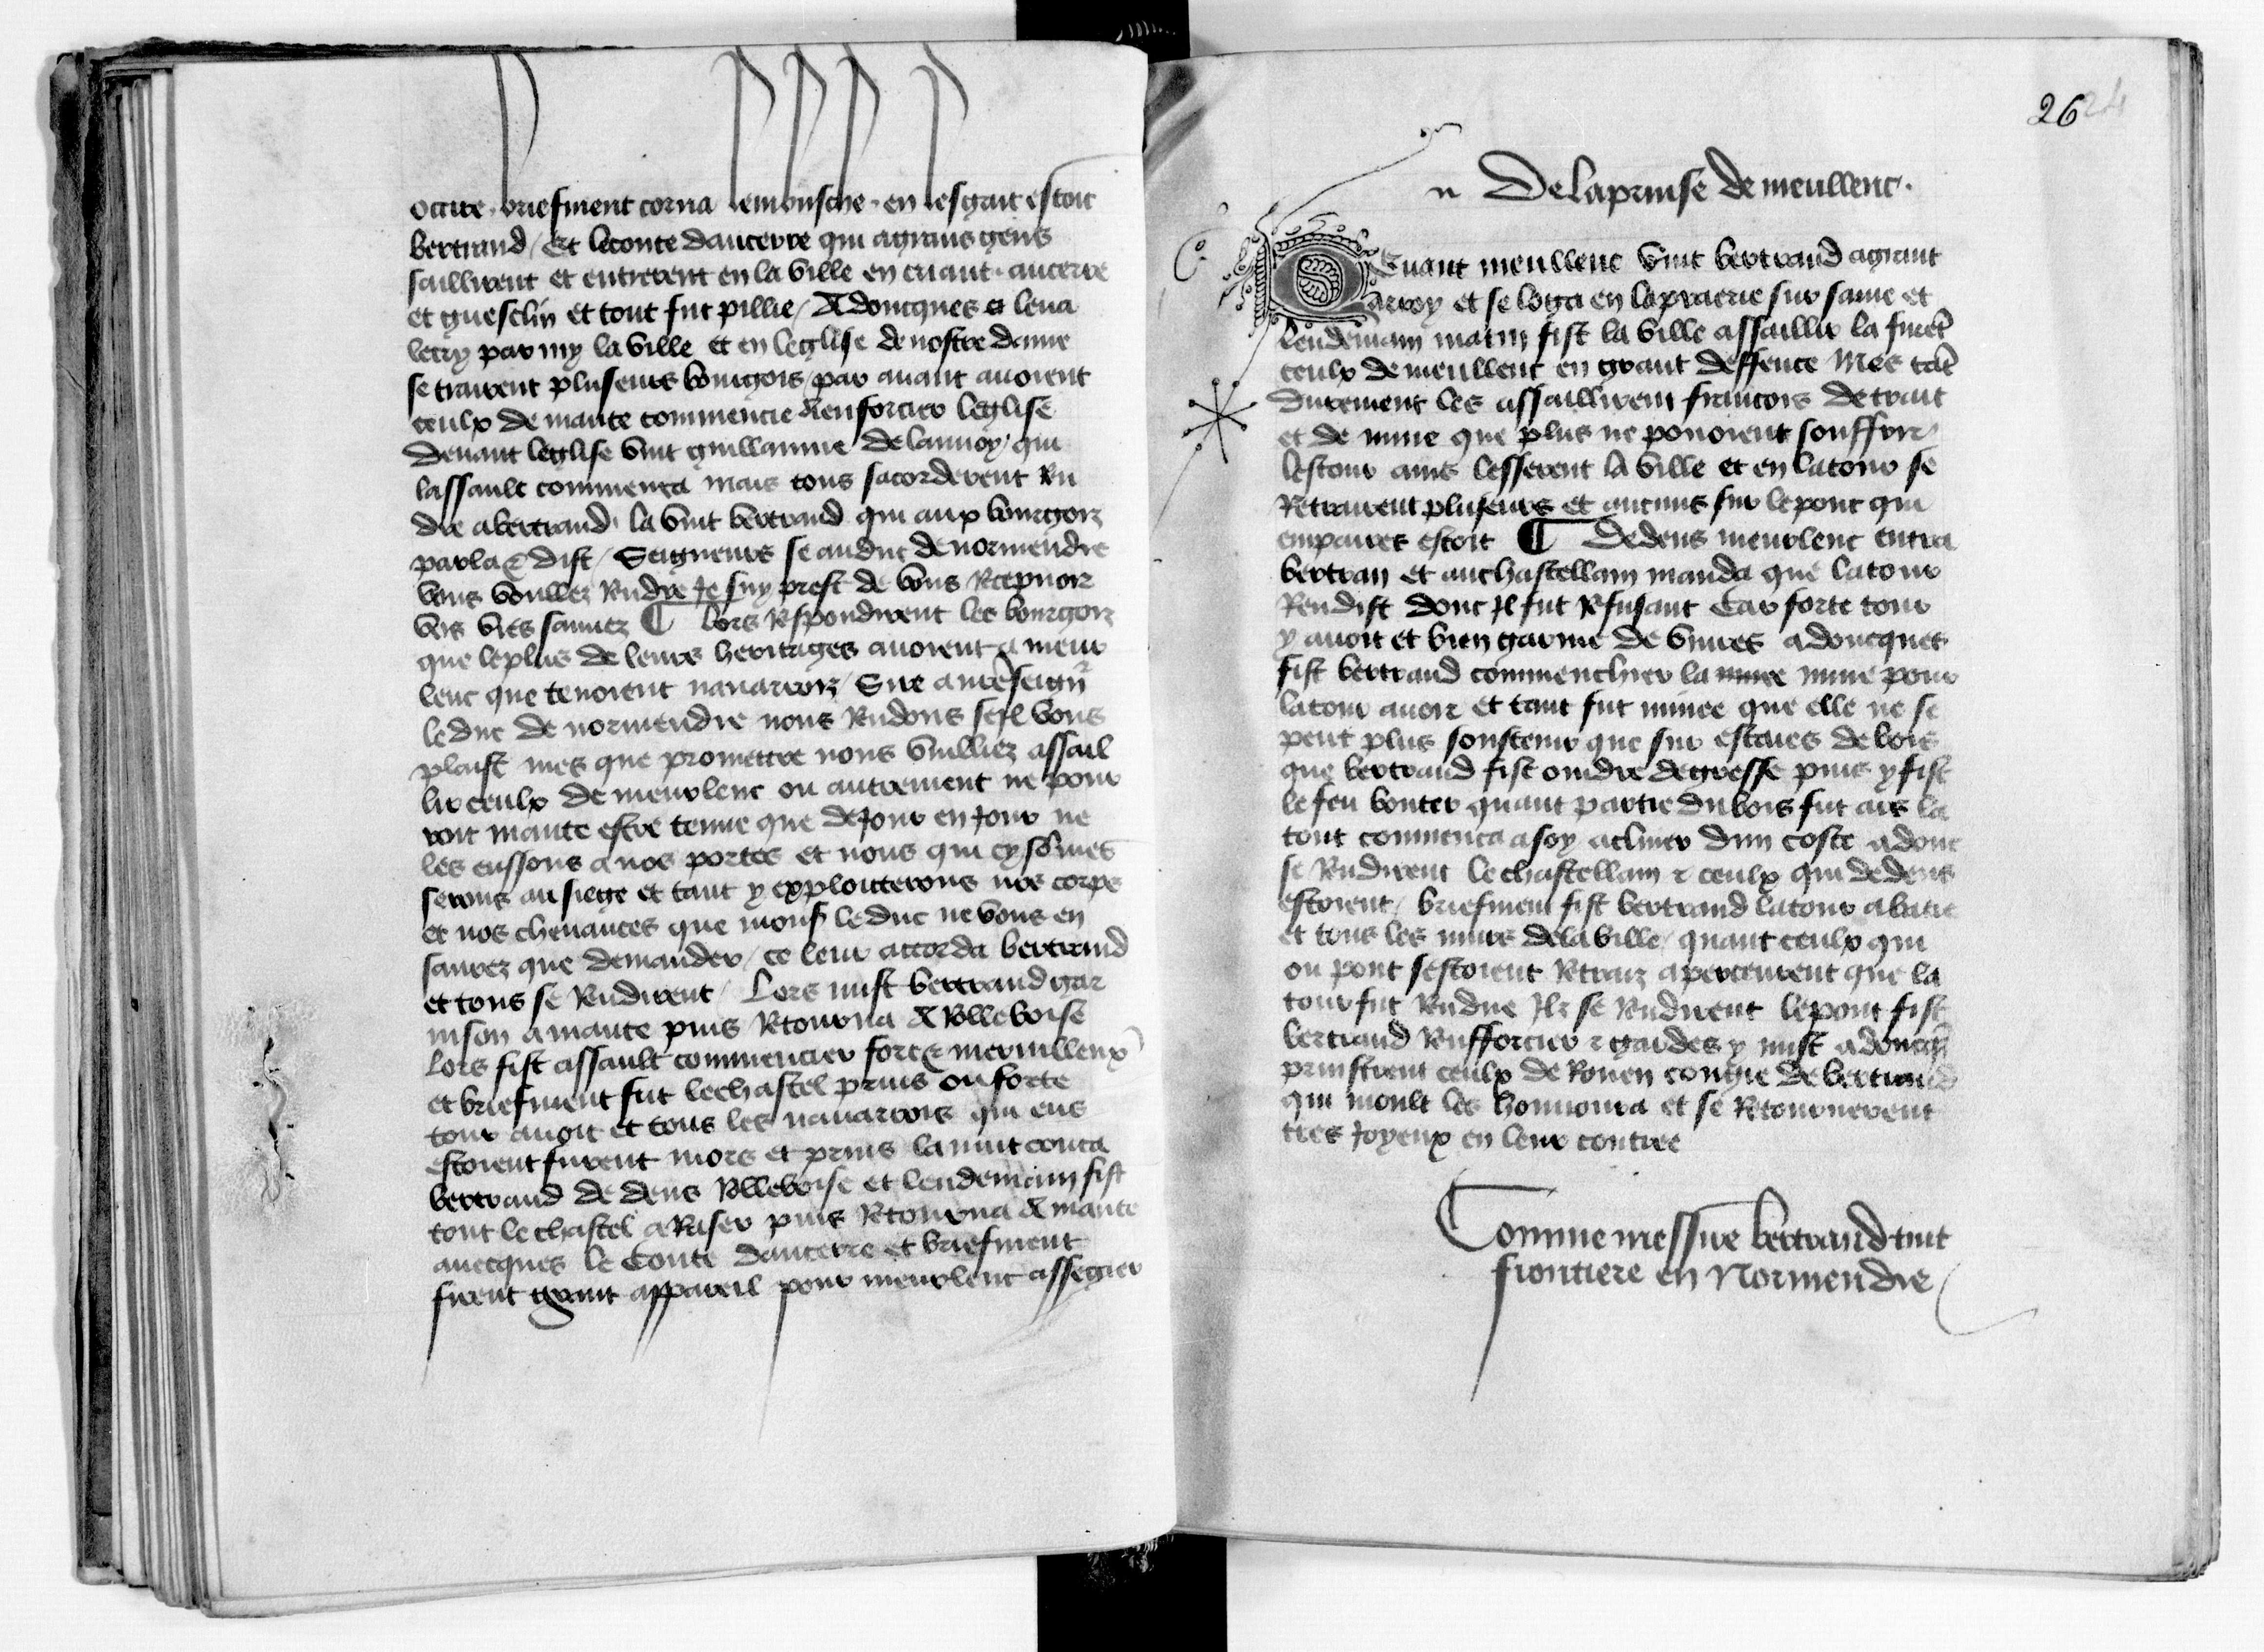
Shelfmark: Paris, BnF, fr. 1984
Century: 15